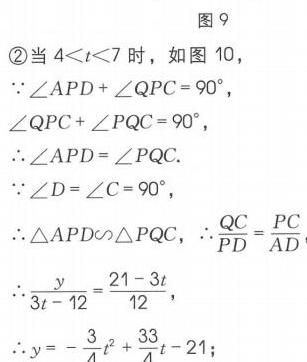
图9
\textcircled{2}当\(4 < t < 7\)时，如图10，
\(\because\angle APD+\angle QPC = 90^{\circ}\)，
\(\angle QPC+\angle PQC = 90^{\circ}\)，
\(\therefore\angle APD=\angle PQC\).
\(\because\angle D=\angle C = 90^{\circ}\)，
\(\therefore\triangle APD\sim\triangle PQC\)，\(\therefore\frac{QC}{PD}=\frac{PC}{AD}\)
\(\therefore\frac{y}{3t - 12}=\frac{21 - 3t}{12}\)，
\(\therefore y=-\frac{3}{4}t^{2}+\frac{33}{4}t - 21\)；